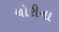
ચોરીના